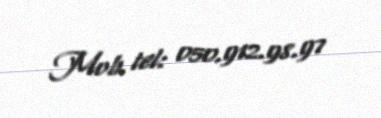
Mob. tel: 050.912.98.97